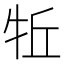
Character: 𱭬